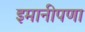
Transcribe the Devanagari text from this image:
इमानीपणा